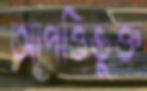
আপত্তিভুক্ত